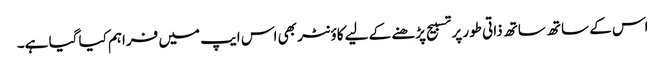
اس کے ساتھ ساتھ ذاتی طور پر تسبیح پڑھنے کے لیے کاؤنٹر بھی اس ایپ میں فراہم کیا گیا ہے۔